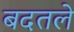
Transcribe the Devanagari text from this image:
बदतले